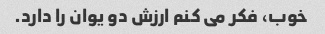
خوب، فکر می کنم ارزش دو یوان را دارد.